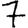
Digit: 7